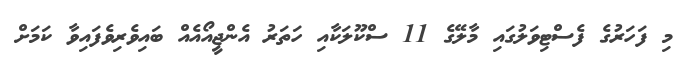
މި ފަހަރުގެ ފެސްޓިވަލުގައި މާލޭގެ 11 ސްކޫލަކާއި ހަތަރު އެންޖީއޯއެއް ބައިވެރިވެފައިވާ ކަމަށް